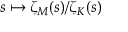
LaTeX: s \mapsto \zeta _ { M } ( s ) / \zeta _ { K } ( s )